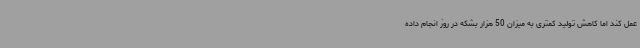
عمل کند اما کاهش تولید کمتری به میزان 50 هزار بشکه در روز انجام داده